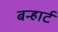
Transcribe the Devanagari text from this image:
बन्हार्ट